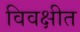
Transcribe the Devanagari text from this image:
विवक्षीत